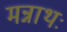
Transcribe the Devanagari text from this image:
मन्नाथः